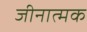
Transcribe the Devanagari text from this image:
जीनात्मक